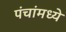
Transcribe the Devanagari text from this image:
पंचांमध्ये